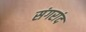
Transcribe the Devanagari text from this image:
संगरांद